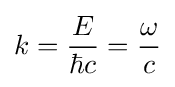
k={\frac {E}{\hbar c}}={\frac {\omega }{c}}